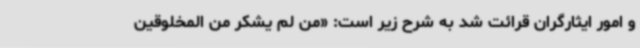
و امور ایثارگران قرائت شد به شرح زیر است: «من لم یشکر من المخلوقین